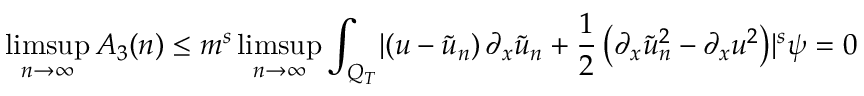
\operatorname* { l i m s u p } _ { n \rightarrow \infty } A _ { 3 } ( n ) \leq m ^ { s } \operatorname* { l i m s u p } _ { n \rightarrow \infty } \int _ { Q _ { T } } \lvert \left( u - \tilde { u } _ { n } \right) \partial _ { x } \tilde { u } _ { n } + \frac { 1 } { 2 } \left( \partial _ { x } \tilde { u } _ { n } ^ { 2 } - \partial _ { x } u ^ { 2 } \right) \rvert ^ { s } \psi = 0